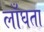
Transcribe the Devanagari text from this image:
लाँघता